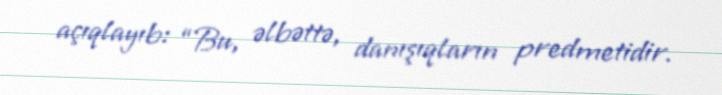
açıqlayıb: “Bu, əlbəttə, danışıqların predmetidir.